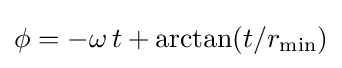
\phi =-\omega \,t+\operatorname {arctan} (t/r_{\mathrm {min} })